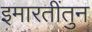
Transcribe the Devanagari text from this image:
इमारतींतुन